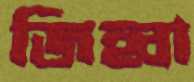
জিহ্বা